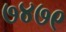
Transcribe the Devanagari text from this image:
७४७९